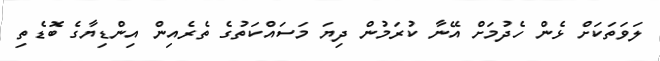
ލަވަތަކަށް ޅެން ހެދުމަށް އޭނާ ކުރަމުން ދިޔަ މަސައްކަތުގެ ތެރެއިން އިންޑިޔާގެ ބޮޑެތި